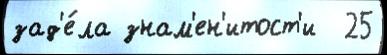
зад'е́ла знам'ен'итост'и  25